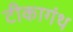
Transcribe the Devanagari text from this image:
टीकागंथ